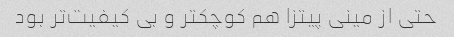
حتی از مینی پیتزا هم کوچکتر و بی کیفیت‌تر بود